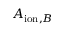
A _ { \mathrm { i o n } , B }